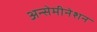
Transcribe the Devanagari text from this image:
अन्सेमीनेशन